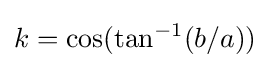
k=\cos(\tan ^{-1}(b/a))